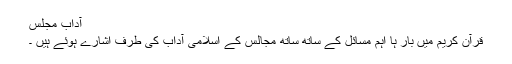
آدابِ مجلس
قرآنِ کریم میں بار ہا اہم مسائل کے ساتھ ساتھ مجالس کے اسلامی آداب کی طرف اشارے ہوئے ہیں ۔